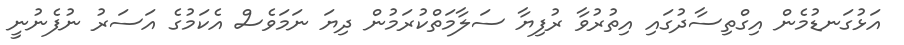
އަޅުގަނޑުމެން އިގްތިސާދުގައި އިތުރުވާ ރުފިޔާ ސަލާމަތްކުރަމުން ދިޔަ ނަމަވެސް އެކަމުގެ އަސަރު ނުފެނުނީ